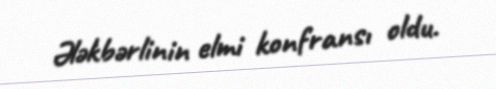
Ələkbərlinin elmi konfransı oldu.